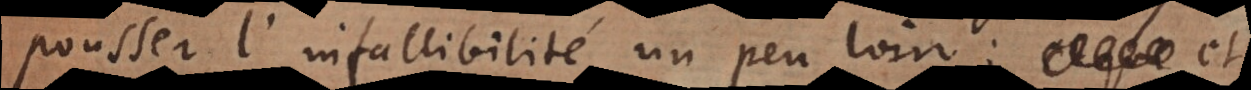
pousser l’infallibilité un peu loin: et